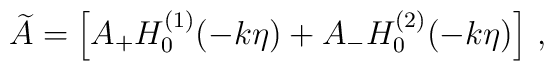
\widetilde{A} =  \left[ A_+ H_0^{(1)}(-k\eta) + A_- H_0^{(2)}(-k\eta) \right] \, ,